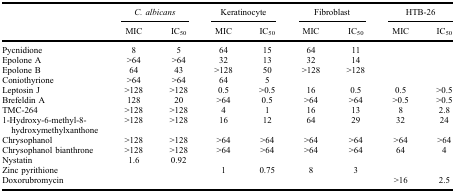
<table><thead><tr><td><b> </b></td><td colspan="2"><b><i>C. albicans</i></b></td><td colspan="2"><b>Keratinocyte</b></td><td colspan="2"><b>Fibroblast</b></td><td colspan="2"><b>HTB-26</b></td></tr><tr><td><b> </b></td><td><b>MIC</b></td><td><b>IC<sub>50</sub></b></td><td><b>MIC</b></td><td><b>IC<sub>50</sub></b></td><td><b>MIC</b></td><td><b>IC<sub>50</sub></b></td><td><b>MIC</b></td><td><b>IC<sub>50</sub></b></td></tr></thead><tbody><tr><td>Pycnidione</td><td>8</td><td>5</td><td>64</td><td>15</td><td>64</td><td>11</td><td> </td><td> </td></tr><tr><td>Epolone A</td><td>&gt;64</td><td>&gt;64</td><td>32</td><td>13</td><td>32</td><td>14</td><td> </td><td> </td></tr><tr><td>Epolone B</td><td>64</td><td>43</td><td>&gt;128</td><td>50</td><td>&gt;128</td><td>&gt;128</td><td> </td><td> </td></tr><tr><td>Coniothyrione</td><td>&gt;64</td><td>&gt;64</td><td>64</td><td>5</td><td> </td><td> </td><td> </td><td> </td></tr><tr><td>Leptosin J</td><td>&gt;128</td><td>&gt;128</td><td>0.5</td><td>&gt;0.5</td><td>16</td><td>0.5</td><td>0.5</td><td>&gt;0.5</td></tr><tr><td>Brefeldin A</td><td>128</td><td>20</td><td>&gt;64</td><td>0.5</td><td>&gt;64</td><td>&gt;64</td><td>&gt;0.5</td><td>&gt;0.5</td></tr><tr><td>TMC-264</td><td>&gt;128</td><td>&gt;128</td><td>4</td><td>1</td><td>16</td><td>13</td><td>8</td><td>2.8</td></tr><tr><td>1-Hydroxy-6-methyl-8-hydroxymethylxanthone</td><td>&gt;128</td><td>&gt;128</td><td>16</td><td>12</td><td>64</td><td>29</td><td>32</td><td>24</td></tr><tr><td>Chrysophanol</td><td>&gt;128</td><td>&gt;128</td><td>&gt;64</td><td>&gt;64</td><td>&gt;64</td><td>&gt;64</td><td>&gt;64</td><td>&gt;64</td></tr><tr><td>Chrysophanol bianthrone</td><td>&gt;128</td><td>&gt;128</td><td>&gt;64</td><td>&gt;64</td><td>&gt;64</td><td>&gt;64</td><td>64</td><td>4</td></tr><tr><td>Nystatin</td><td>1.6</td><td>0.92</td><td> </td><td> </td><td> </td><td> </td><td> </td><td> </td></tr><tr><td>Zinc pyrithione</td><td> </td><td> </td><td>1</td><td>0.75</td><td>8</td><td>3</td><td> </td><td> </td></tr><tr><td>Doxorubromycin</td><td> </td><td> </td><td> </td><td> </td><td> </td><td> </td><td>&gt;16</td><td>2.5</td></tr></tbody></table>